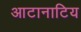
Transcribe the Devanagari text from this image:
आटानाटिय